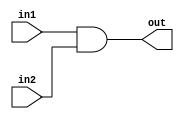
module ANDX(out, in1, in2);

    output  [31:0]  out;
    input   [31:0]  in1, in2;

    assign  out = in1 & in2;

endmodule